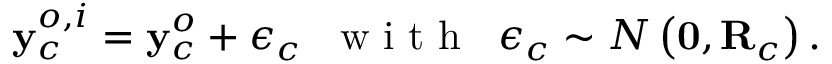
\mathbf { y } _ { c } ^ { o , i } = \mathbf { y } _ { c } ^ { o } + \boldsymbol { \epsilon } _ { c } \; \; \textnormal { w i t h } \; \; \boldsymbol { \epsilon } _ { c } \sim { \cal N } \left( { \bf 0 } , { \bf R } _ { c } \right) .